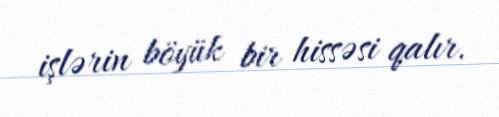
işlərin böyük bir hissəsi qalır.